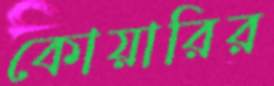
কোয়ারির